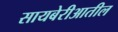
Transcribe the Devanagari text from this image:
सायबेरीआतील